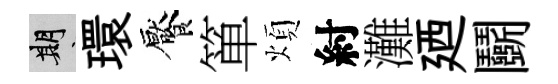
期環饜箪煩紂灘廼鬬